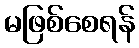
မဖြစ်စေရန်